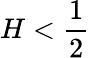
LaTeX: H<\frac 12